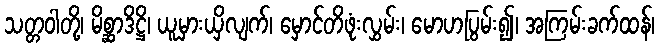
သတ္တဝါတို့၊ မိစ္ဆာဒိဋ္ဌိ၊ ယူမှားယှိလျက်၊ မှောင်တိဖုံးလွှမ်း၊ မောဟပြွမ်း၍၊ အကြမ်းခက်ထန်၊